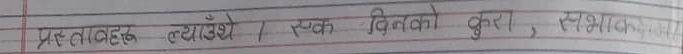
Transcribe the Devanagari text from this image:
प्रस्तावहरु त्यांग्शे । एक विनंती कुरा , स्वभाविक